Indian journal of veterinary science and animal husbandry - Volume 9,
Year: 1939
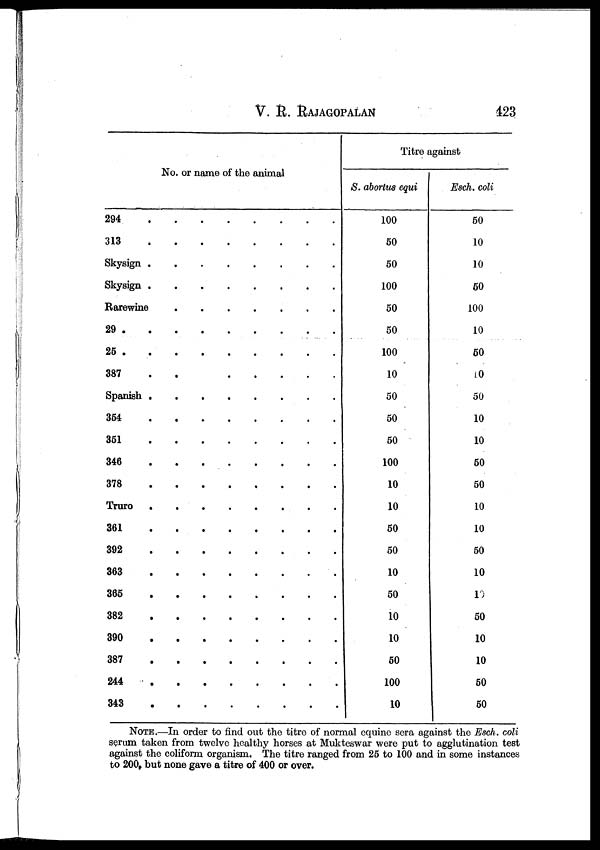
V.
R.
RAJAGOPALAN
423
No. or name of the animal
294 . . . . . . . .
313 . . . . . . . .
Skysign . . . . . . . .
Skysign . . . . . . . .
Rarewine . . . . . . . .
29 . . . . . . . . .
25 . . . . . . . . .
387 . . . . . . . .
Spanish . . . . . . . .
354 . . . . . . . .
351 . . . . . . . .
346 . . . . . . . .
378 . . . . . . . .
Truro . . . . . . . .
361 . . . . . . . .
392 . . . . . . . .
363 . . . . . . . .
365 . . . . . . . .
382 . . . . . . . .
390 . . . . . . . .
387 . . . . . . . .
244 . . . . . . . .
343 . . . . . . . .
Titre against
S. abortus equi
100
50
50
100
50
50
100
10
50
50
50
100
10
10
50
50
10
50
10
10
50
100
10
Esch. coli
50
10
10
50
100
10
50
10
50
10
10
50
50
10
10
50
10
10
50
10
10
50
50
NOTE.—In order to find out the titro of normal equine sera against the Esch. coli
serum taken from twelve healthy horses at Mukteswar were put to agglutination test
against the coliform organism. The titre ranged from 25 to 100 and in some instances
to 200, but none gave a titre of 400 or over.